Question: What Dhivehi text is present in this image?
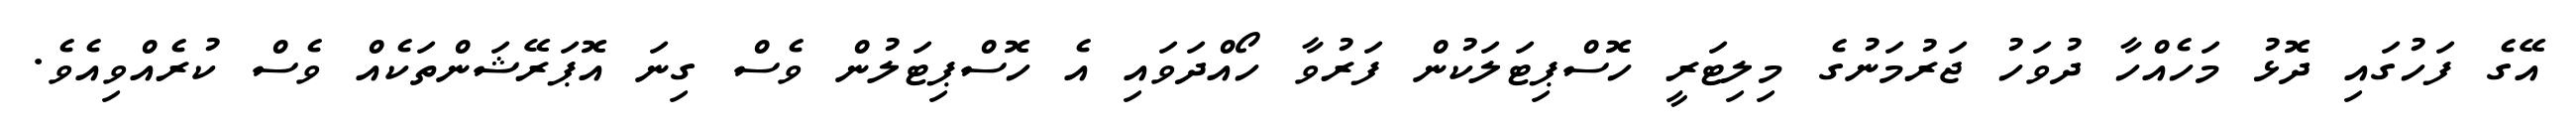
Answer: އޭގެ ފަހުގައި ދޮޅު މަހެއްހާ ދުވަހު ޖަރުމަނުގެ މިލިޓަރީ ހޮސްޕިޓަލަކުން ފަރުވާ ހޯއްދަވައި އެ ހޮސްޕިޓަލުން ވެސް ގިނަ އޮޕަރޭޝަންތަކެއް ވެސް ކުރެއްވިއެވެ.